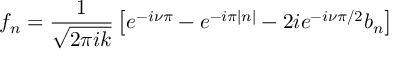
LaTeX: f _ { n } = \frac { 1 } { \sqrt { 2 \pi i k } } \left[ e ^ { - i \nu \pi } - e ^ { - i \pi | n | } - 2 i e ^ { - i \nu \pi / 2 } b _ { n } \right]